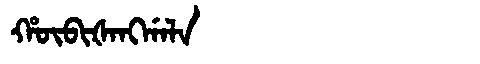
Manchu: ᡥᡡᠪᡳᡧᠠᠩᡤᠠᠯᠠ
Romanization: HŪBIŠANGGALA